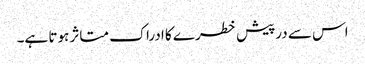
اس سے درپیش خطرے کا ادراک متاثر ہوتا ہے۔